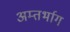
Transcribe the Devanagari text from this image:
अम्तर्भाग